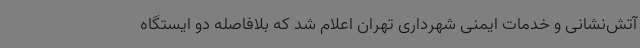
آتش‌نشانی و خدمات ایمنی شهرداری تهران اعلام شد که بلافاصله دو ایستگاه